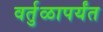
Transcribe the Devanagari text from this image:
वर्तुळापर्यंत